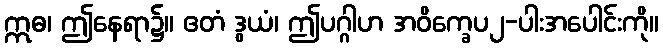
ဣဓ၊ ဤနေရာ၌။ ဧတံ ဒွယံ၊ ဤပဂ္ဂါဟ အဝိက္ခေပ၂-ပါးအပေါင်းကို။